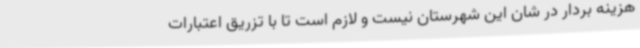
هزینه بردار در شان این شهرستان نیست و لازم است تا با تزریق اعتبارات